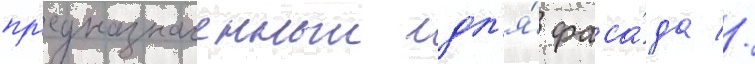
пр'едназначенныи дл'я́ фаса́да //